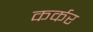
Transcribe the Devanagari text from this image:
कर्कर